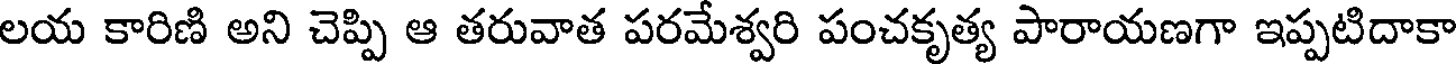
లయ కారిణి అని చెప్పి ఆ తరువాత పరమేశ్వరి పంచకృత్య పారాయణగా ఇప్పటిదాకా